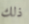
ذلك